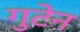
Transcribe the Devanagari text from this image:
गुटेन